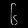
Digit: ၆